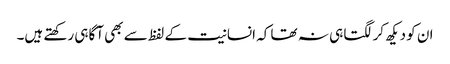
ان کو دیکھ کر لگتا ہی نہ تھا کہ انسانیت کے لفظ سے بھی آگاہی رکھتے ہیں۔